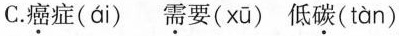
C.\underset{·}{癌}症(ái) \underset{·}{需}要( xū ) 低\underset{·}{碳}( tàn )